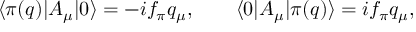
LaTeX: \langle \pi ( q ) | A _ { \mu } ^ { } | 0 \rangle = - i f _ { \pi } q _ { \mu } , \qquad \langle 0 | A _ { \mu } ^ { } | \pi ( q ) \rangle = i f _ { \pi } q _ { \mu } ,